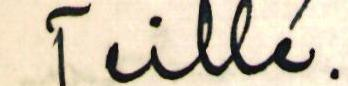
Teille.